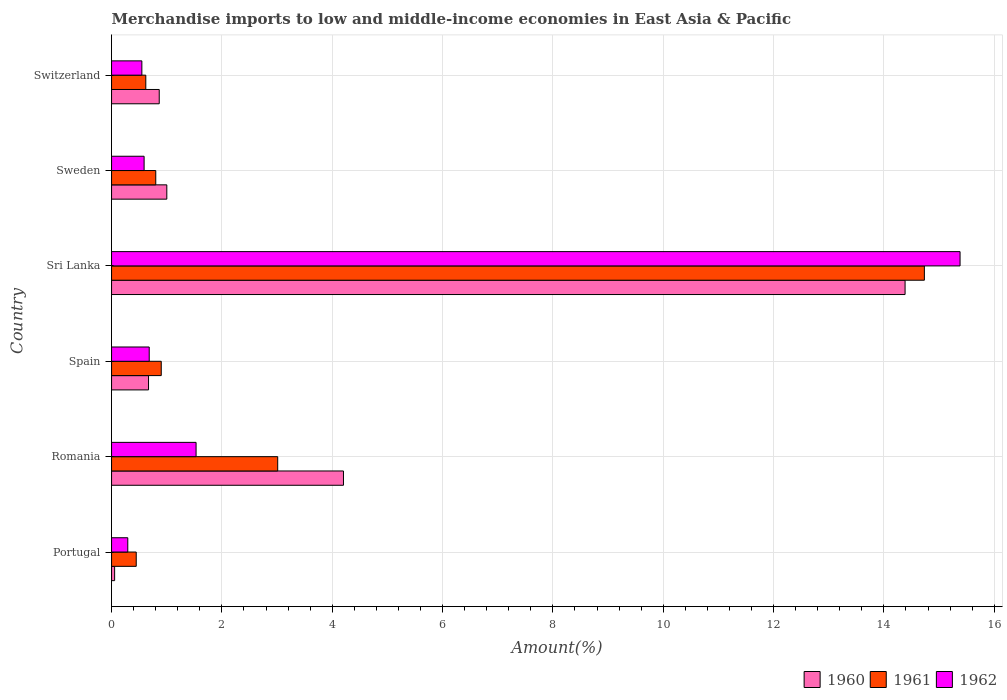
| Country | 1960 | 1961 | 1962 |
 | --- | --- | --- | --- |
 | Portugal | 0.0556 | 0.447 | 0.294 |
 | Romania | 4.2 | 3.01 | 1.53 |
 | Spain | 0.67 | 0.901 | 0.683 |
 | Sri Lanka | 14.4 | 14.7 | 15.4 |
 | Sweden | 1 | 0.801 | 0.59 |
 | Switzerland | 0.864 | 0.621 | 0.549 |